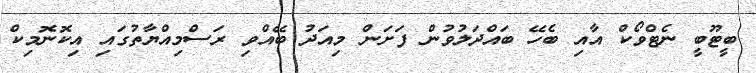
ބީޓޫބީ ނެޓްވޯކް އާއި ބެހޭ ބައްދަލުވުން ފަށަން މިއަދު ބޭއްވި ރަސްމިއްޔާތުގައި އިކޮނޮމިކް